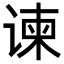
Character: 谏